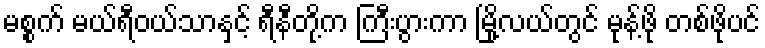
မစ္စက် မယ်ရီဝယ်သာနှင့် ရီနီတို့က ကြီးပွားကာ မြို့လယ်တွင် မုန့်ဖို တစ်ဖိုပင်